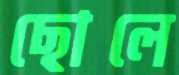
ছোলে